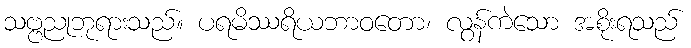
သဗ္ဗညုဘုရားသည်။ ပရမိဿရိယဘာဝတော၊ လွန်ကဲသော အစိုးရသည်